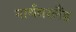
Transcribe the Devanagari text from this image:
नार्थंबरलैंड